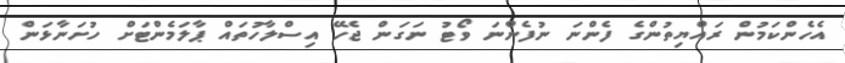
އެހެންކަމުން ރައްޔިތުންގެ ފެންނަ ނުފެންނަ ވޯޓު ނަގަން ޖެހޭ އިސްލާހުތައް ޕާލަމެންޓަށް ހުށަނާޅަން